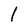
Character: 1